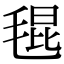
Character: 𣮎